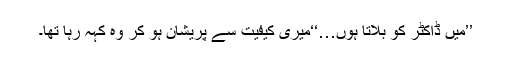
’’میں ڈاکٹر کو بلاتا ہوں…‘‘میری کیفیت سے پریشان ہو کر وہ کہہ رہا تھا۔